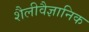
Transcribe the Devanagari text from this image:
शैलीवैज्ञानिक